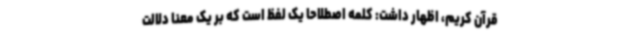
قرآن کریم، اظهار داشت: کلمه اصطلاحا یک لفظ است که بر یک معنا دلالت